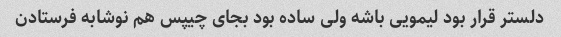
دلستر قرار بود لیمویی باشه ولی ساده بود بجای چیپس هم نوشابه فرستادن